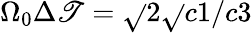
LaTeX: \Omega_{0}\Delta{\mathscr{T}}=\sqrt{}{{2}}\sqrt{}{{c1/c3}}